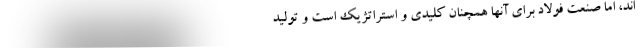
اند، اما صنعت فولاد برای آنها همچنان کلیدی و استراتژیک است و تولید